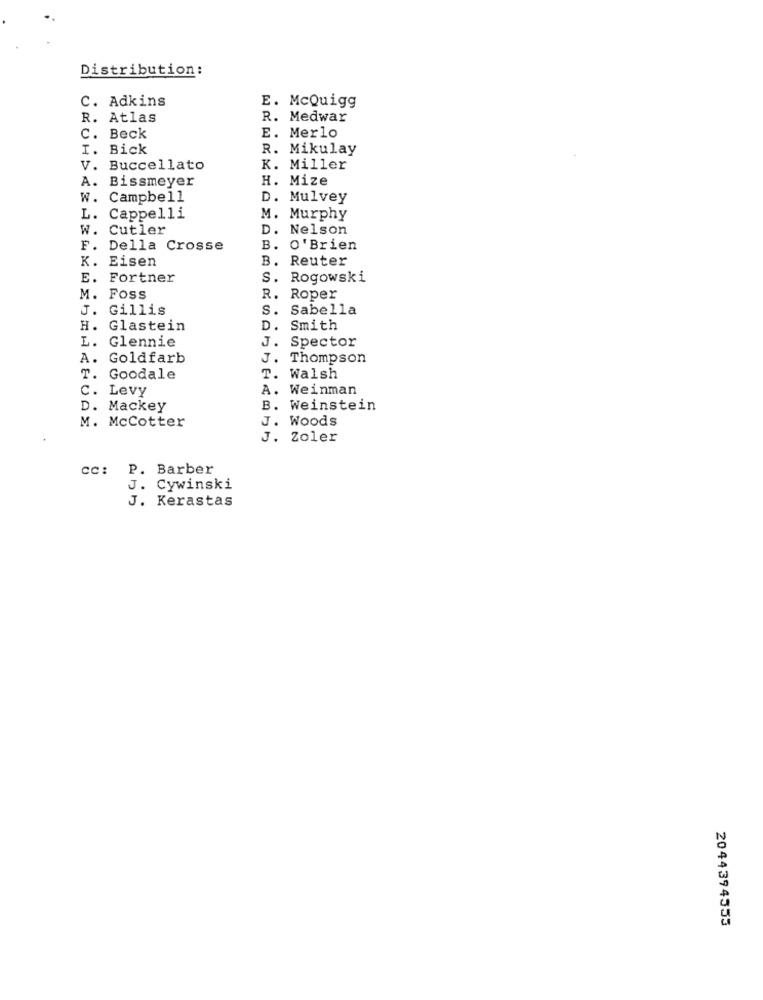
Distribution:
C. Adkins
E. McQuigg
R. Atlas
R. Medwar
C. Beck
E. Merlo
I. Bick
R. Mikulay
V. Buccellato
K. Miller
A. Bissmeyer
H. Mize
W. Campbell
D. Mulvey
L. Cappelli
M. Murphy
w. Cutler
D. Nelson
F. Della Crosse
B. O' Brien
B. Reuter
K. Eisen
E. Fortner
S. Rogowski
M. Foss
R. Roper
J. Gillis
S. Sabella
H. Glastein
D. Smith
L. Glennie
J. Spector
A. Goldfarb
J. Thompson
T. Goodale
T. Walsh
C. Levy
A. Weinman
D. Mackey
B. Weinstein
M. McCotter
BUOS
J. Woods
J. Zoler
cc: P. Barber
J. Cywinski
J. Kerastas
2044394355